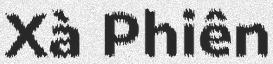
Xà Phiên